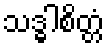
သဒ္ဓါစိတ္တံ